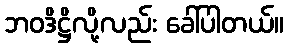
ဘဝဒိဋ္ဌိလို့လည်း ခေါ်ပါတယ်။